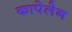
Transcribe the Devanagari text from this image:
कापेलेन